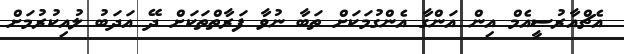
އެޗްއާރުސީއެމް އިން އަންގާ އެންގުމަކަށް ތަބާ ނުވާ ފަރާތްތަކަށް ދޭ އަދަބު ލުއިކުރުމަށް